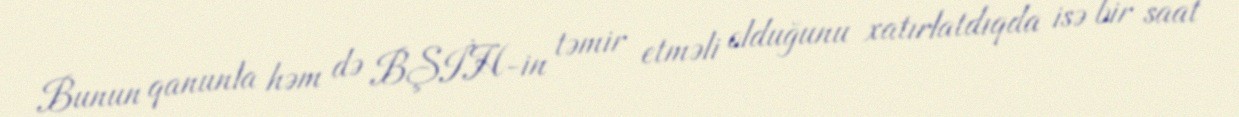
Bunun qanunla həm də BŞİH-in təmir etməli olduğunu xatırlatdıqda isə bir saat